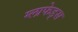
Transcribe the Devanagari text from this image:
ग्लाफेड्स